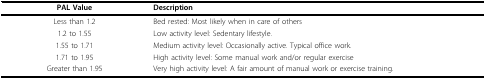
| PAL Value | Description |
 | --- | --- |
 | Less than 1.2 | Bed rested: Most likely when in care of others |
 | 1.2 to 1.55 | Low activity level: Sedentary lifestyle. |
 | 1.55 to 1.71 | Medium activity level: Occasionally active. Typical office work. |
 | 1.71 to 1.95 | High activity level: Some manual work and/or regular exercise |
 | Greater than 1.95 | Very high activity level: A fair amount of manual work or exercise training. |